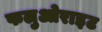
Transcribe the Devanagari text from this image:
फलुओराइट